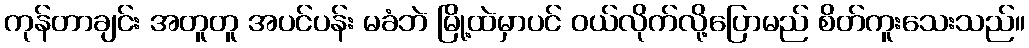
ကုန်တာချင်း အတူတူ အပင်ပန်း မခံဘဲ မြို့ထဲမှာပင် ဝယ်လိုက်လို့ပြောမည် စိတ်ကူးသေးသည်။